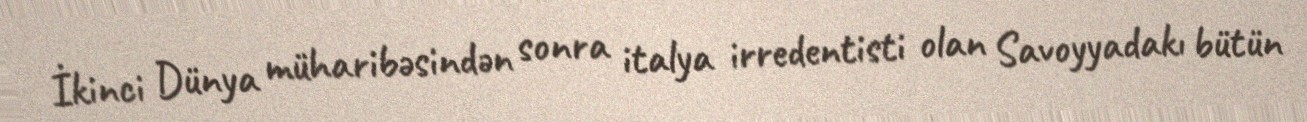
İkinci Dünya müharibəsindən sonra italya irredentisti olan Savoyyadakı bütün